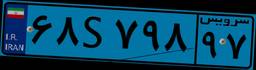
۶۸S۷۹۸۹۷